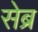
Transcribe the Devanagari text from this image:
सेब्र